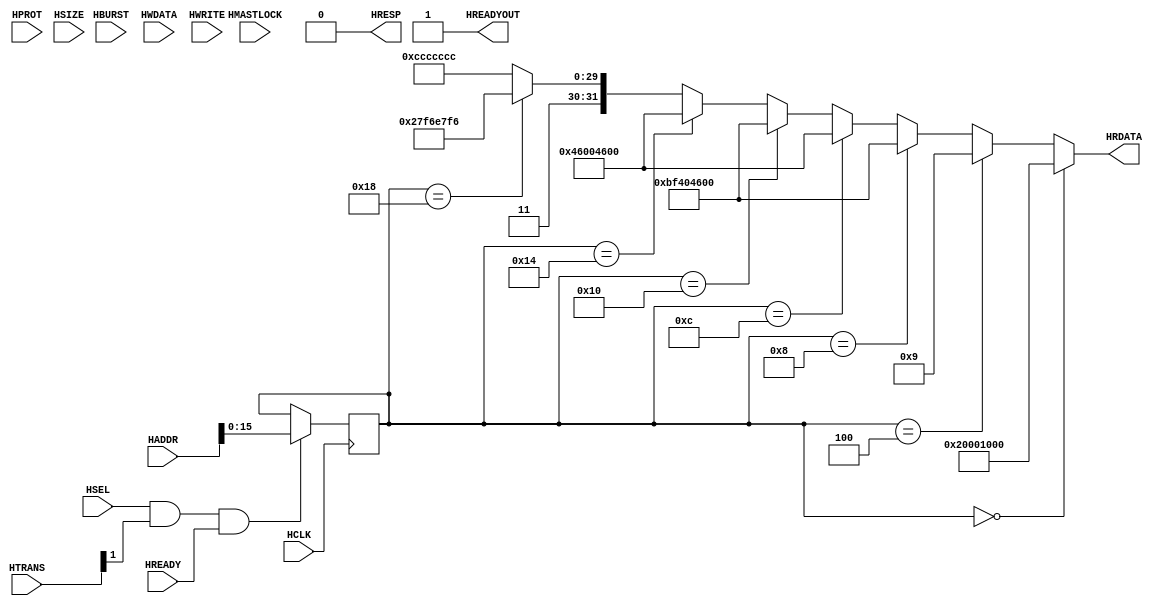
/** Trivial Read Only Memory with AHB Lite interface
 * david.siorpaes@gmail.com
 */

module ahb_rom
(
 /* AHB Lite interface */
 input wire         HCLK,                 // AHB clock
 input wire         HSEL,                 // AHB select
 input wire  [31:0] HADDR,                // AHB address
 input wire  [ 2:0] HBURST,               // AHB burst
 input wire         HMASTLOCK,            // AHB lock
 input wire  [ 3:0] HPROT,                // AHB prot
 input wire  [ 2:0] HSIZE,                // AHB size
 input wire  [ 1:0] HTRANS,               // AHB transfer
 input wire  [31:0] HWDATA,               // AHB write data
 input wire         HWRITE,               // AHB write
 input wire         HREADY,               // AHB ready
 output wire [31:0] HRDATA,               // AHB read-data
 output wire        HRESP,                // AHB response
 output wire        HREADYOUT);           // AHB ready out


reg  [15:0] haddr_reg;
wire [31:0] rdata;

wire trans_valid = HSEL & HTRANS[1] & HREADY;

always @(posedge HCLK)
    if (trans_valid)
    haddr_reg[15:0] <= HADDR[15:0];

    assign     HREADYOUT = 1'b1;
    assign     HRDATA    = rdata;
    assign     HRESP     = 1'b0;
   
    /* Unused signals */
    wire [66:0] unused = { HBURST[2:0], HMASTLOCK, HPROT[3:0], HSIZE[2:0], HTRANS[0], HWDATA[31:0],  HWRITE };


/** Some opcodes
 * SEV         0xbf40
 * NOP         0xbf00
 * MOV R0, R0  0x4600
 * B.0         0xe7fe
 * B.8         0xe7f6
 */

/* ROM */
assign rdata[31:0] = (haddr_reg == 16'h0000) ? 32'h20001000 :	//SP
                     (haddr_reg == 16'h0004) ? 32'h00000009 :	//PC   (Warning! LSB=1)
                     (haddr_reg == 16'h0008) ? 32'hbf404600 :   //SEV, MOV
                     (haddr_reg == 16'h000c) ? 32'h46004600 :   //MOV, MOV
                     (haddr_reg == 16'h0010) ? 32'hbf404600 :   //SEV, MOV
                     (haddr_reg == 16'h0014) ? 32'h46004600 :   //MOV, MOV
                     (haddr_reg == 16'h0018) ? 32'he7f6e7f6 :   //B.8, B.8
                     32'hCCCCCCCC;
endmodule